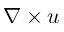
\nabla \times u